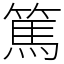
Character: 篤